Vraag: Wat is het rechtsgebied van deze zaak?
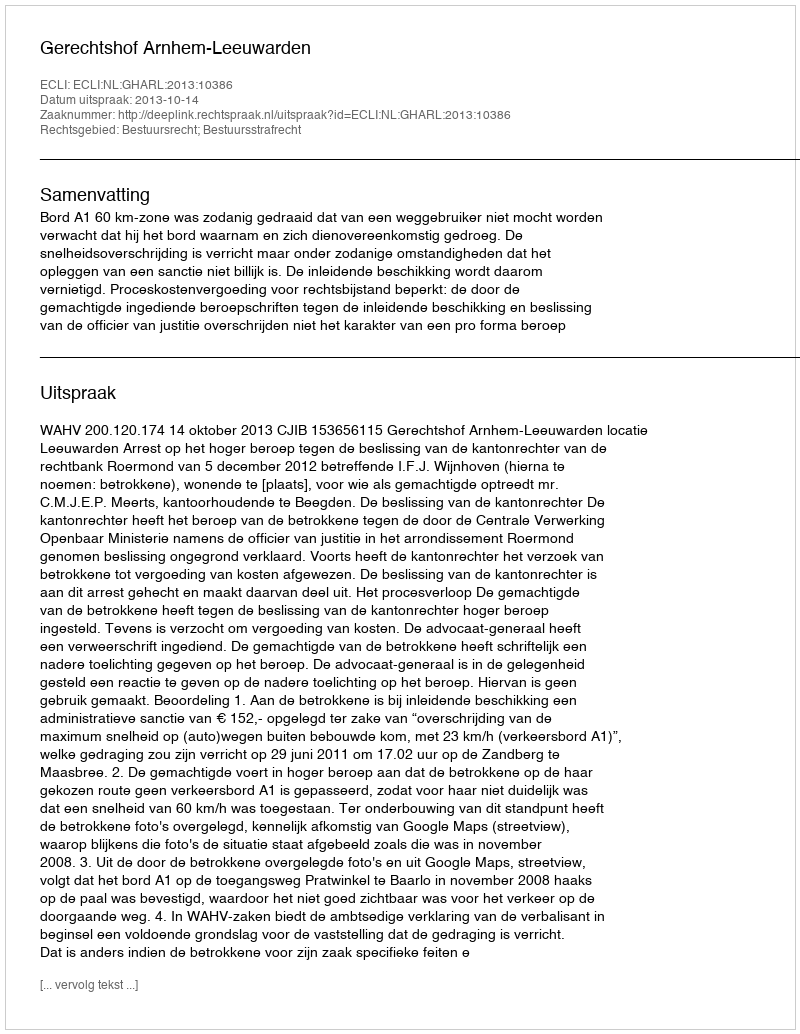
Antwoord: Bestuursrecht; Bestuursstrafrecht